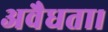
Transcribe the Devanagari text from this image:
अवैधता।